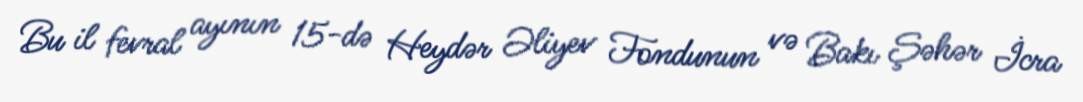
Bu il fevral ayının 15-də Heydər Əliyev Fondunun və Bakı Şəhər İcra